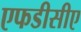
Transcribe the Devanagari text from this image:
एफडीसीए